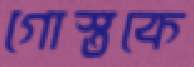
গোস্তকে